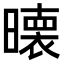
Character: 𭧵